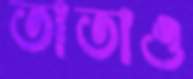
তাতাও